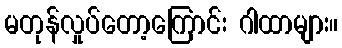
မတုန်လှုပ်တော့ကြောင်း ဂါထာများ။